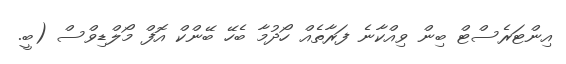
އިންޓަރެސްޓް ބިން ވިއްކާނެ ފަރާތެއް ހޯދުމާ ބެހޭ ބޭންކް އޮފް މޯލްޑިވްސް (ބީ.